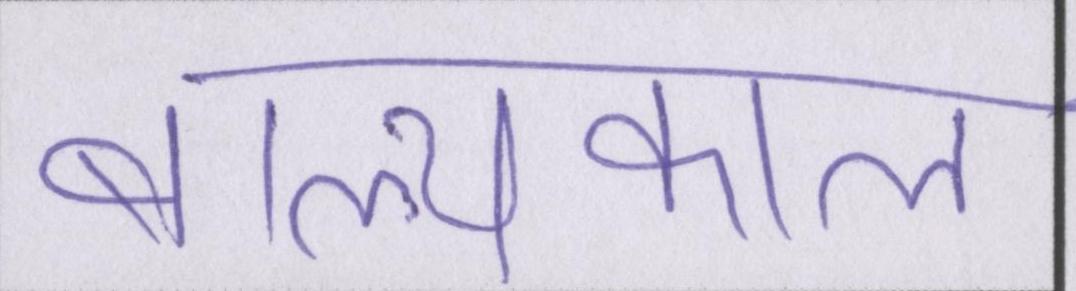
बाल्यकाल